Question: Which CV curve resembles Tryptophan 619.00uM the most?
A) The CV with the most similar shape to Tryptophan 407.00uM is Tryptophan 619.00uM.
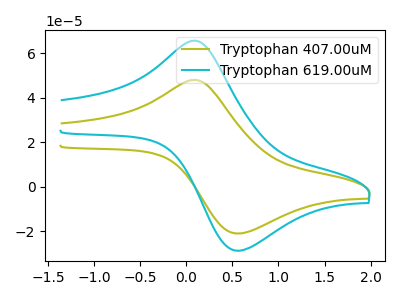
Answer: <think>The olive curve "Tryptophan 407.00uM" has an anodic peak at (0.10V, 47.95uA) and a cathodic peak at (0.55V, -21.05uA). The cyan curve "Tryptophan 619.00uM" has an anodic peak at (0.10V, 65.55uA) and a cathodic peak at (0.55V, -28.75uA).
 All the peaks in "Tryptophan 407.00uM" have a peak in "Tryptophan 619.00uM" at the same potential. Every peak in "Tryptophan 407.00uM" is lower than every peak in "Tryptophan 619.00uM".</think>
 <answer>A) The CV with the most similar shape to "Tryptophan 407.00uM" is "Tryptophan 619.00uM".</answer>
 <eval>A</eval>